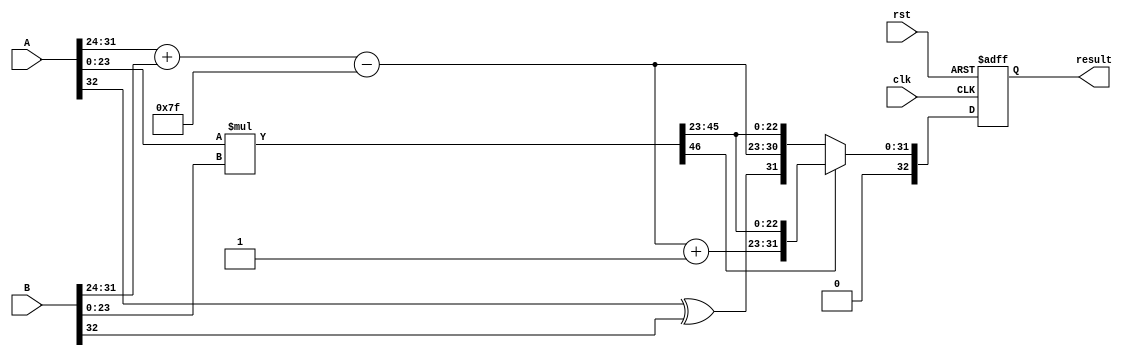
module radix4_fp_multiplier #(
    parameter E = 8, // Number of exponent bits
    parameter M = 23 // Number of mantissa bits
)(
    input wire clk,
    input wire rst,
    input wire [E + M + 1:0] A, // IEEE 754 floating-point input A
    input wire [E + M + 1:0] B, // IEEE 754 floating-point input B
    output reg [E + M + 1:0] result // IEEE 754 floating-point output
);

    // Internal signals
    wire sign_A, sign_B;
    wire [E-1:0] exponent_A, exponent_B;
    wire [M:0] mantissa_A, mantissa_B; // Include implicit leading 1
    wire [E-1:0] result_exponent;
    wire result_sign;
    wire [2*M:0] product_mantissa; // Product of mantissas
    wire [E-1:0] bias = (1 << (E-1)) - 1;

    // Extract sign, exponent, and mantissa
    assign sign_A = A[E + M + 1];
    assign exponent_A = A[E + M: M + 1];
    assign mantissa_A = {1'b1, A[M:0]}; // Implicit leading 1

    assign sign_B = B[E + M + 1];
    assign exponent_B = B[E + M: M + 1];
    assign mantissa_B = {1'b1, B[M:0]}; // Implicit leading 1

    // Calculate the product of mantissas using radix-4 multiplication
    // Note: This is a simplified multiplication; a full radix-4 implementation would be more complex
    assign product_mantissa = mantissa_A * mantissa_B;

    // Calculate the resulting exponent
    assign result_exponent = exponent_A + exponent_B - bias;

    // Calculate the resulting sign
    assign result_sign = sign_A ^ sign_B;

    // Normalization and rounding logic (simplified)
    always @(posedge clk or posedge rst) begin
        if (rst) begin
            result <= 0;
        end else begin
            // Check for normalization (simplified)
            if (product_mantissa[2*M] == 1) begin
                // Shift right and increment exponent if normalization is needed
                result <= {result_sign, result_exponent + 1, product_mantissa[2*M-1:M]};
            end else begin
                // No normalization needed
                result <= {result_sign, result_exponent, product_mantissa[2*M-1:M]};
            end
        end
    end

endmodule